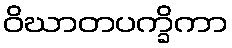
ဝိဃာတပက္ခိကာ